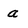
Character: a